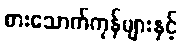
စားသောက်ကုန်များနှင့်